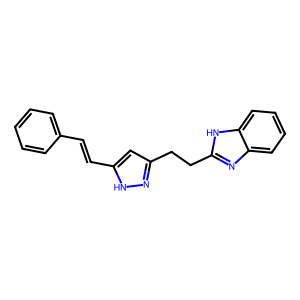
SMILES: C(=Cc1cc(CCc2nc3ccccc3[nH]2)n[nH]1)c1ccccc1
Inhibits HIV replication: No